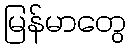
မြန်မာတွေ